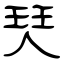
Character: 珡